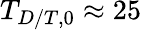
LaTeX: T_{D/T,0}\approx 25